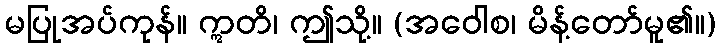
မပြုအပ်ကုန်။ ဣတိ၊ ဤသို့။ (အဝေါစ၊ မိန့်တော်မူ၏။)